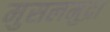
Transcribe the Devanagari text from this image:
मुसलमुद्रा